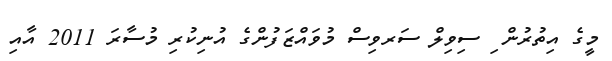
މީގެ އިތުރުން ި ސިވިލް ސަރވިސް މުވައްޒަފުންގެ އުނިކުރި މުސާރަ 2011 އާއި